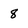
Character: 8